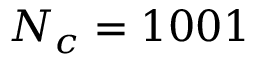
N _ { c } = 1 0 0 1